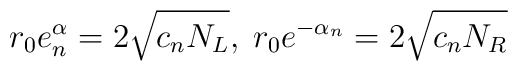
r_0 e^\alpha_n = 2 \sqrt{c_n N_L}, \;r_0 e^{-\alpha_n} = 2 \sqrt{c_n N_R}